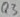
Text: Q3